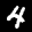
Label: 4